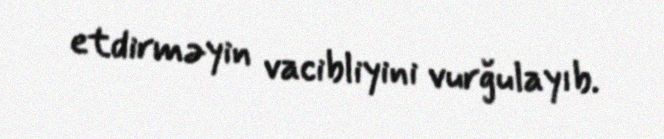
etdirməyin vacibliyini vurğulayıb.